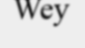
Wey